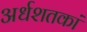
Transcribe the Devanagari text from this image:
अर्धशतकां